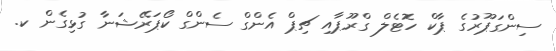
ސިންގަޕޫރުގެ ޕާކް ހޮޓެލް ގްރޫޕާއި ޗިޕް އެންގް ސެންގް ކޯޕަރޭޝަނާ ގުޅިގެން ކ.